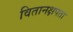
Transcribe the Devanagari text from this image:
वितानक्षपता